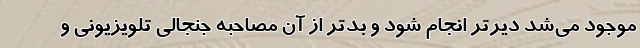
موجود می‌شد دیرتر انجام شود و بدتر از آن مصاحبه جنجالی تلویزیونی و